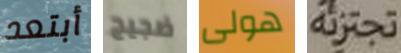
أبتعد ضجيج هولى تجتزئه